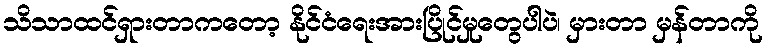
သိသာထင်ရှားတာကတော့ နိုင်ငံရေးအားပြိုင်မှုတွေပါပဲ၊ မှားတာ မှန်တာကို